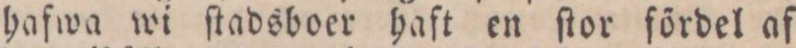
hafwa wi ſtadsboer haft en ſtor fördel af